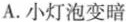
A.小灯泡变暗